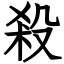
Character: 殺